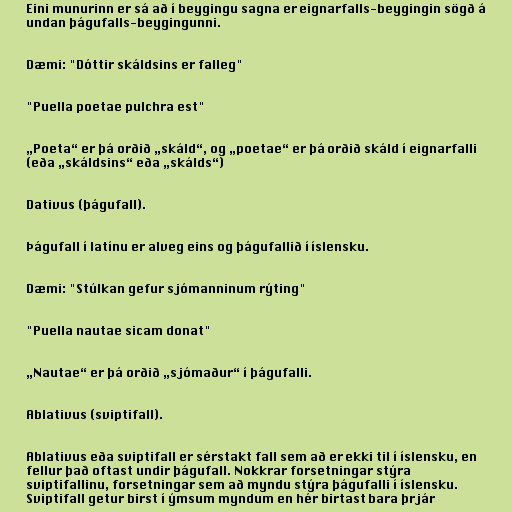
Eini munurinn er sá að í beygingu sagna er eignarfalls-beygingin sögð á
undan þágufalls-beygingunni.

Dæmi: "Dóttir skáldsins er falleg"

"Puella poetae pulchra est"

„Poeta“ er þá orðið „skáld“, og „poetae“ er þá orðið skáld í eignarfalli
(eða „skáldsins“ eða „skálds“)

Dativus (þágufall).

Þágufall í latínu er alveg eins og þágufallið í íslensku.

Dæmi: "Stúlkan gefur sjómanninum rýting"

"Puella nautae sicam donat"

„Nautae“ er þá orðið „sjómaður“ í þágufalli.

Ablativus (sviptifall).

Ablativus eða sviptifall er sérstakt fall sem að er ekki til í íslensku, en
fellur það oftast undir þágufall. Nokkrar forsetningar stýra
sviptifallinu, forsetningar sem að myndu stýra þágufalli í íslensku.
Sviptifall getur birst í ýmsum myndum en hér birtast bara þrjár